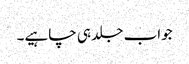
جواب جلد ہی چاہیے۔